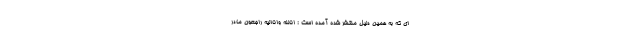
ای که به همین دلیل منتشر شده آمده است :‌ انالله واناالیه راجعون مادر